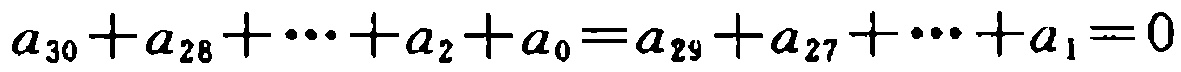
\(a_{30}+a_{28}+\cdots +a_{2}+a_{0}=a_{29}+a_{27}+\cdots +a_{1}=0\)